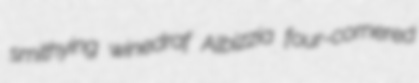
smithying winedraf Albizzia four-cornered